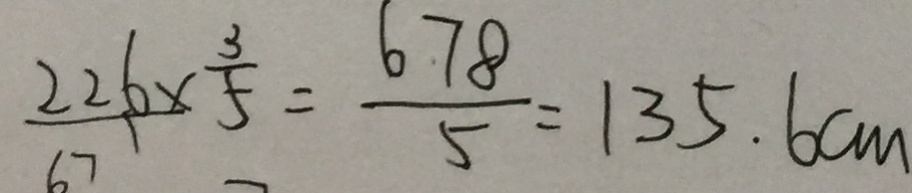
\frac { 2 2 6 } { 6 7 } \times \frac { 3 } { 5 } = \frac { 6 7 8 } { 5 } = 1 3 5 . 6 c m